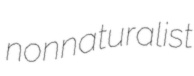
nonnaturalist